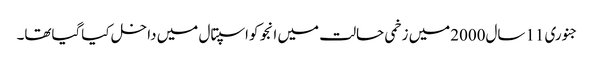
جنوری 11سال2000میں زخمی حالت میں انجو کواسپتال میں داخل کیاگیاتھا۔